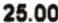
25.00